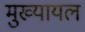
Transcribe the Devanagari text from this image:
मुख्‍यायल